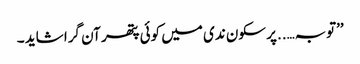
’’توبہ…..پر سکون ندی میں کوئی پتھر آن گرا شاید ۔